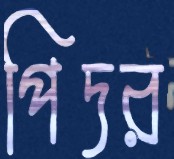
পিদর